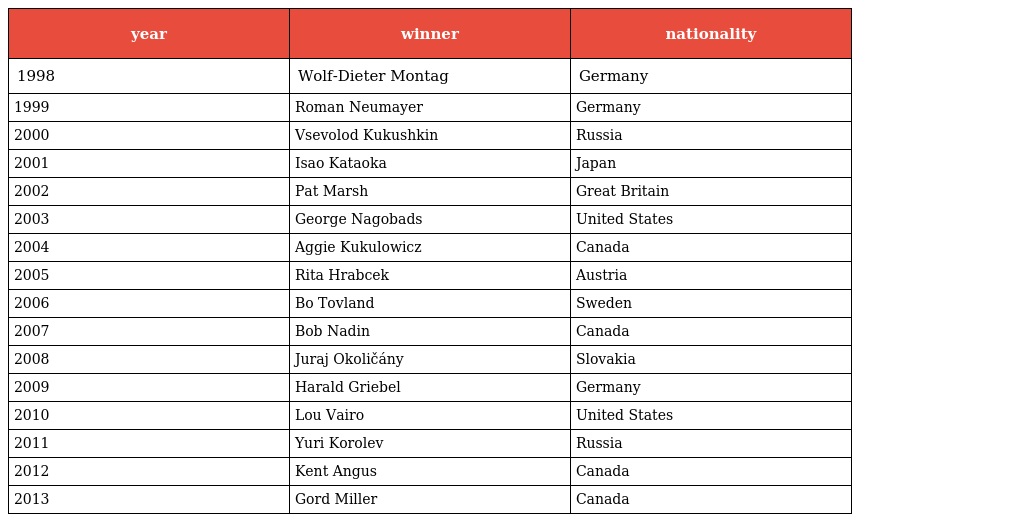
| year | winner | nationality |
 | --- | --- | --- |
 | 1998 | Wolf-Dieter Montag | Germany |
 | 1999 | Roman Neumayer | Germany |
 | 2000 | Vsevolod Kukushkin | Russia |
 | 2001 | Isao Kataoka | Japan |
 | 2002 | Pat Marsh | Great Britain |
 | 2003 | George Nagobads | United States |
 | 2004 | Aggie Kukulowicz | Canada |
 | 2005 | Rita Hrabcek | Austria |
 | 2006 | Bo Tovland | Sweden |
 | 2007 | Bob Nadin | Canada |
 | 2008 | Juraj Okoličány | Slovakia |
 | 2009 | Harald Griebel | Germany |
 | 2010 | Lou Vairo | United States |
 | 2011 | Yuri Korolev | Russia |
 | 2012 | Kent Angus | Canada |
 | 2013 | Gord Miller | Canada |